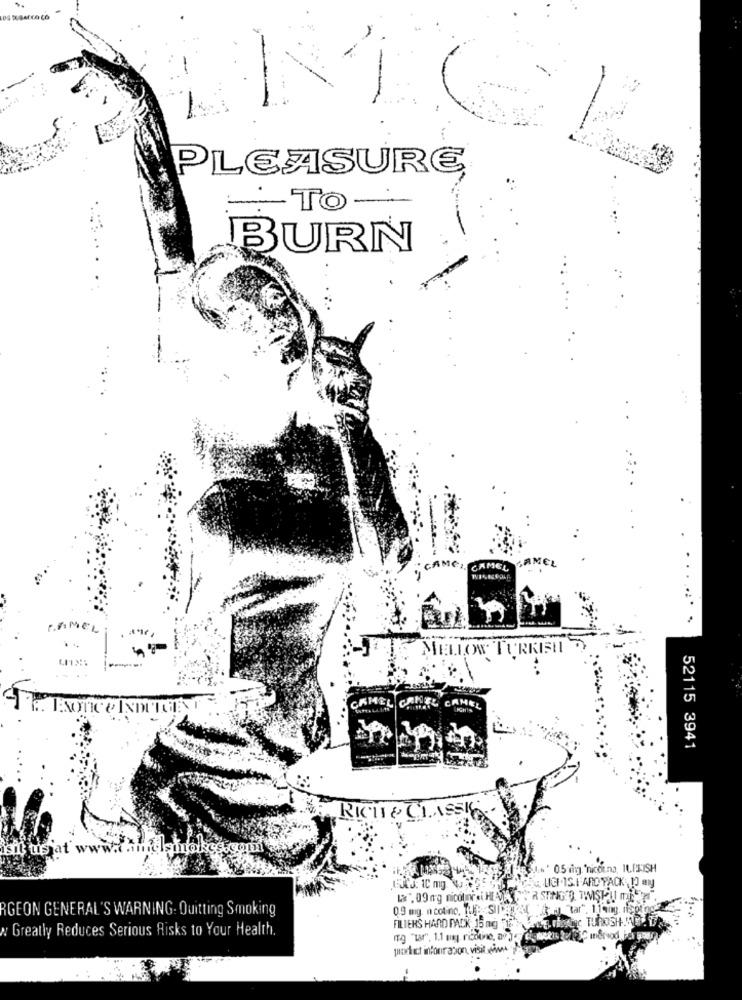
PLEASURE
TO
BURN
.
IMEL
CAMCI, CAMEL
POMEL
MELLOW TURKISH
CRHEL CAREL CAMEL
52115 3941
RICHT & CLASSIC
isit tis at v
" 05 iing. nicouna, ILPLISH
LICI IS HARD PACK , 1] ml
RGEON GENERAL'S WARNING. Quitting Smoking
0.9 mg. n cotino, TUP: SIICH
"tar", 11ang. nişping
w Greatly Reduces Serious Risks to Your Health.
FILIEKS HAND PACK 15 ng "12.
"g "tar", 1.1 ung redone, av je
poduct information, visit wine